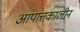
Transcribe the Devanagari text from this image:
आपात्तकालीन